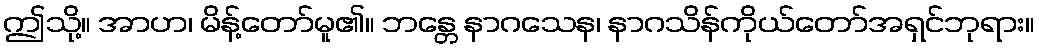
ဤသို့။ အာဟ၊ မိန့်တော်မူ၏။ ဘန္တေ နာဂသေန၊ နာဂသိန်ကိုယ်တော်အရှင်ဘုရား။